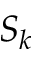
S _ { k }